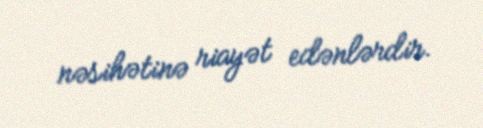
nəsihətinə riayət edənlərdir.